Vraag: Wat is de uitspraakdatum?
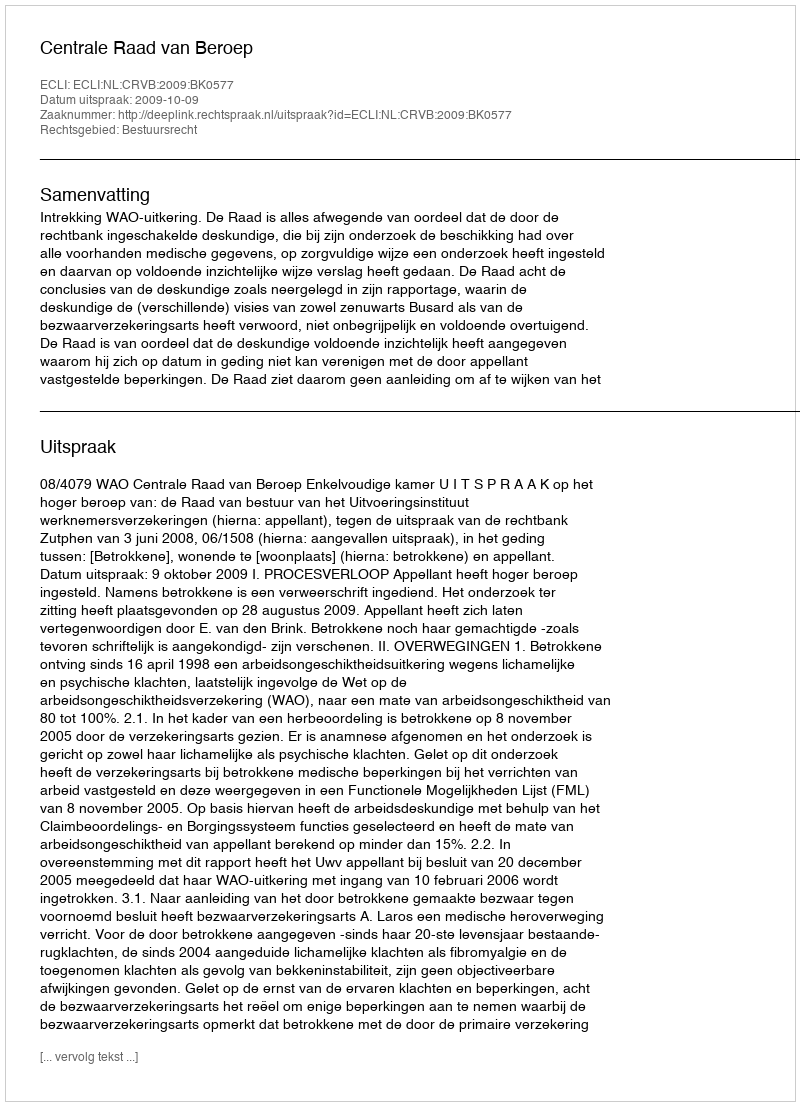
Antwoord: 2009-10-09